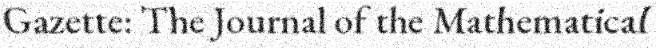
Gazette: The Journal of the Mathematical